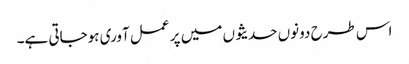
اس طرح دونوں حدیثوں میں پر عمل آوری ہوجاتی ہے۔